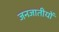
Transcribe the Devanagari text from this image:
जनजातीयों